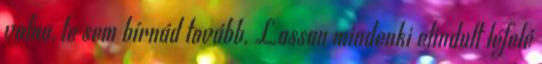
volna, te sem bírnád tovább. Lassan mindenki elindult lefelé